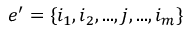
e ^ { \prime } = \{ i _ { 1 } , i _ { 2 } , . . . , j , . . . , i _ { m } \}